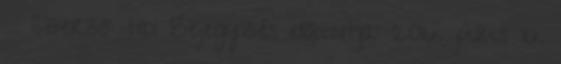
Szerző: tibi Bejegyzés időpontja: 2016. július 16.